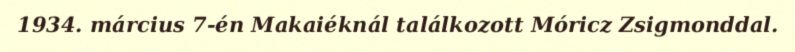
1934. március 7-én Makaiéknál találkozott Móricz Zsigmonddal.